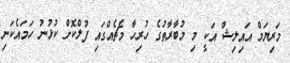
މަރިޔަމް އައިލިޝް އަކީ މި މުބާރާތުގެ ހުރިހާ މެޗެއްގައި ފުލްކޮށް ކުޅުނު ހަމައެކަނި